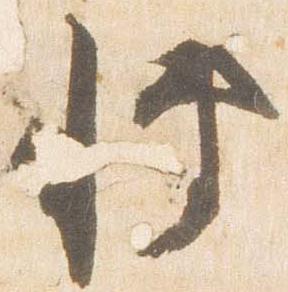
博